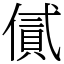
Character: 㒃